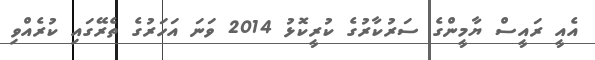
އެއީ ރައީސް ޔާމީންގެ ސަރުކާރުގެ ކުރީކޮޅު 2014 ވަނަ އަހަރުގެ ތެރޭގައި ކުރެއްވި